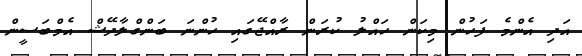
އަދި އެންމެ ފަހުން މިކަން ހައްލު ކުރަން ރާއްޖޭގައި ހުންނަ ބަންގްލާދޭޝް އެމްބަސީން